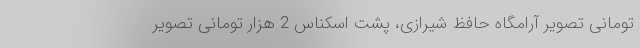
تومانی تصویر آرامگاه حافظ شیرازی، پشت اسکناس 2 هزار تومانی تصویر